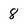
Character: 8